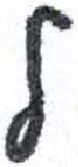
אות: ל